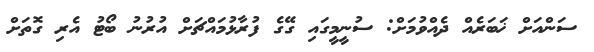
ސަންއަށް ޚަބަރެއް ދެއްވުމަށް: ސުނީމީގައި ގޭގެ ފުރާޅުމައްޗަށް އުރުނު ބޯޓު އެރި ގޮތަށް